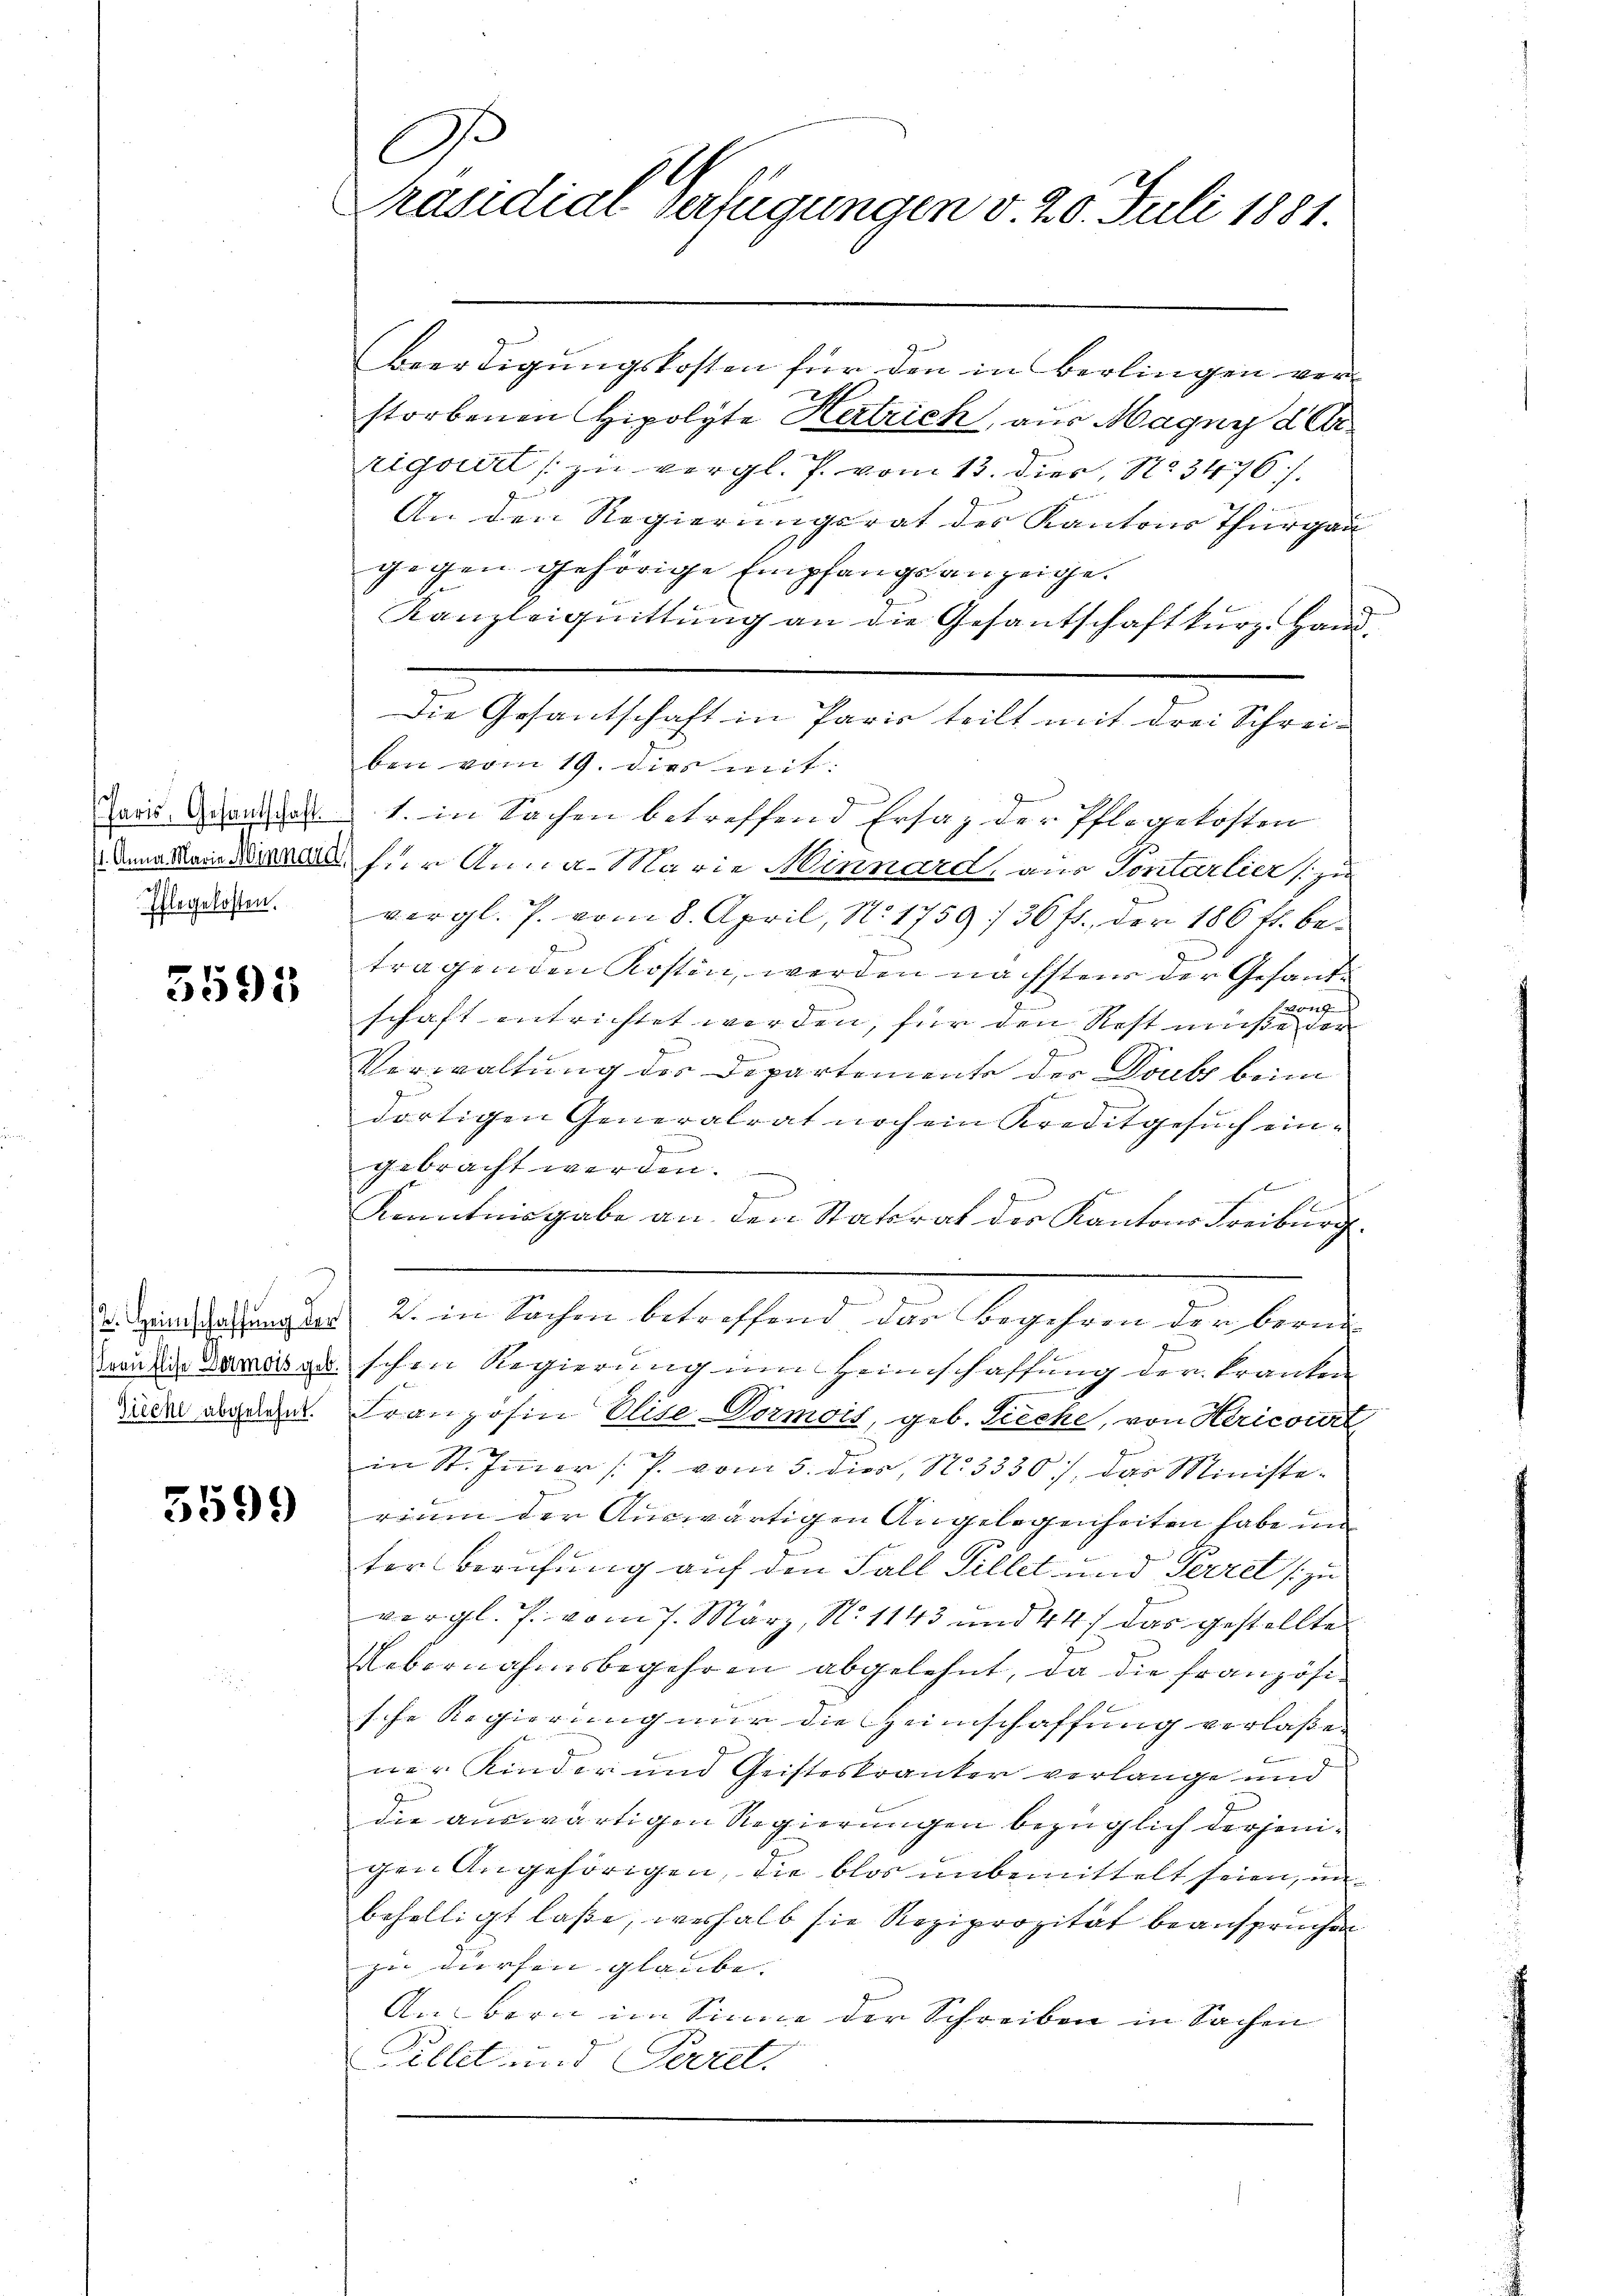
Pflegekosten.

5595

.
räsidial-Verfügungen v. 20. Juli 1881.

Beerdigungskosten für den in Berlingen vers
storbenen Hipolyte Hertrich, aus Magny d. Ar
rigorirt zu vergl. P. vom 13. dies, No 3476 f.
d
An den Regierungsrat der Kantons Thurgau
gegen gehörige Empfangsanzeige.
Kanzleiquittung an die Gesantschaft kurz. Hand
Die Gesantschaft in Paris teilt mit drei Schreiben vom 19. dies mit:
Jaas dem 1. in Sachen betreffend Ersaz der Pflegekosten
damallein Mal für Anna Marie Minnard, aus Pontarlier zu
vergl. J. vom 8. April, No. 1759 :/ 36 f., der 186 fl. betragenden Kosten werden nächstens der Gesandvon
schaft entrichtet werden, für den Rest müße der
Verwaltung des Departemente der Doubs beim
dortigen Generalrat noch ein Kreditgesuch eingebracht werden.
x
Kenntnisgabe an den Statsrat der Kantons Freiburg.
. machung der 2. in Sachen betreffend der Begehren der berni
wendige Damas geschen Regierung im Heimschaffung der Kranken
idel werden. Französin Elise-Vormois, geb. Sieche, von Hericourt
in St. Immer (P. vom 5. dies, No. 3330), das Ministe¬
33 eine der Auswärtigen Angelegenheiten habe um
terBerufung auf den Fall Pillet und Perre (zu
vergl. J. vom 7. März, No. 1143 und 44 f das gestellte
Uebernahmsbegehren abgelehnt, da die Französische Regierung nur die Heimschaffung verlasse. |
ner Kinder und Geisteskranker verlange und
die auswärtigen Regierungen bezüglich derjenigen Angehörigen, die blos unbemittelt seien, unbehelligt laße, weshalb sie Reziprozität beanspruchen
zu dürfen glaube. |
An bern im Sinne der Schreiben in Sachen
Pillet und Secret.